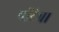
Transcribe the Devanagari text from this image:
पोंटेबा